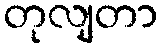
တုလျတာ